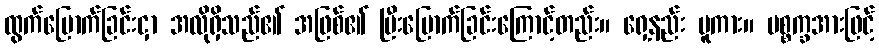
ထွက်မြောက်ခြင်းငှာ အလိုရှိသည်၏ အဖြစ်၏ ပြီးမြောက်ခြင်းကြောင့်တည်း။ ရှေ့နည်း မူကား။ ပစ္စက္ခအားဖြင့်